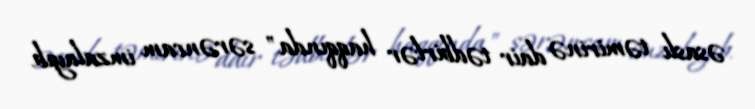
əsaslı təmirinə dair tədbirlər haqqında" sərəncam imzalayıb.